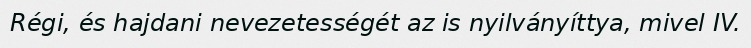
Régi, és hajdani nevezetességét az is nyilványíttya, mivel IV.